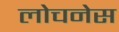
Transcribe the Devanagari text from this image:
लोचनेस